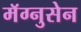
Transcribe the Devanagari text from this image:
मॅग्नुसेन